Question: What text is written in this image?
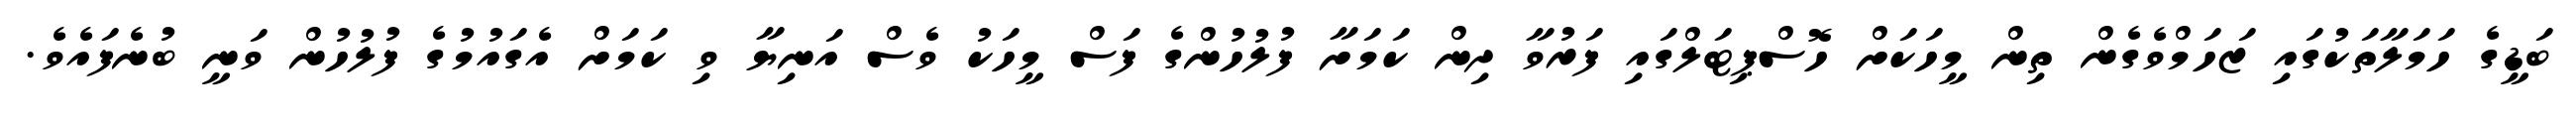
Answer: ބަޑީގެ ހަމަލާތަކުގައި ޒަހަމްވެގެން ތިން މީހަކަށް ހޮސްޕިޓަލްގައި ފަރުވާ ދިން ކަމަށާ ފުލުހުންގެ ފަސް މީހަކު ވެސް އަނިޔާ ވި ކަމަށް އެގައުމުގެ ފުލުހުން ވަނީ ބުނެފައެވެ.